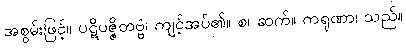
အစွမ်းဖြင့်။ ပဋိပဇ္ဇိတဗ္ဗံ၊ ကျင့်အပ်၏။ စ၊ ဆက်။ ကရုဏာ၊ သည်။